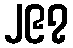
၂၉၇